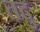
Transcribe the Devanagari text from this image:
तदु